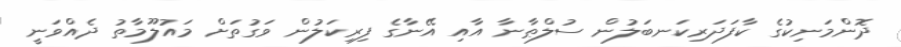
ދޮންމަނިކުގެ ކާފަދަރިކަނބަލުން ސުލްޠާނާ އާއި އޭނާގެ ފިރިކަލުން ވަގުތަށް މައުލޫމާތު ދެއްވަނީ